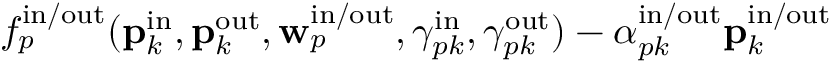
f _ { p } ^ { \mathrm { i n } / \mathrm { o u t } } ( \mathbf { p } _ { k } ^ { \mathrm { i n } } , \mathbf { p } _ { k } ^ { \mathrm { o u t } } , \mathbf { w } _ { p } ^ { \mathrm { i n } / \mathrm { o u t } } , \gamma _ { p k } ^ { \mathrm { i n } } , \gamma _ { p k } ^ { \mathrm { o u t } } ) - \alpha _ { p k } ^ { \mathrm { i n } / \mathrm { o u t } } \mathbf { p } _ { k } ^ { \mathrm { i n } / \mathrm { o u t } }